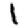
Digit: 1